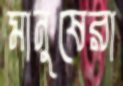
মানুষেরা